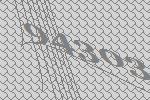
94303